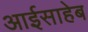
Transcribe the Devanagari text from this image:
आईसाहेब